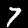
Digit: 7